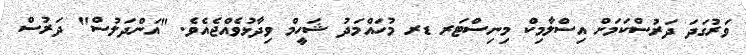
ވަރުގަދަ ދަރުސްކަމަށް އިސްލާމިކް މިނިސްޓަރ ޑރ މުހައްމަދު ޝަހީމް ވިދާޅުވެއްޖެއެވެ. "އަންދަލުސް" ދަރުސް